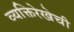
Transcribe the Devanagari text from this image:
व्यक्तिरेखेची